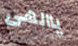
ياالهى